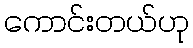
ကောင်းတယ်ဟု